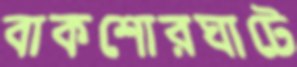
বাকশোরঘাটে